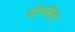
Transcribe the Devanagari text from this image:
बॊरखॆडा